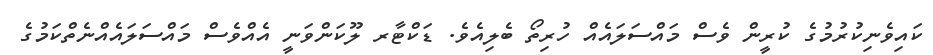
ކައިވެނިކުރުމުގެ ކުރީން ވެސް މައްސަލައެއް ހުރިތޯ ބެލިއެވެ. ޑަކްޓާރ ލޫކަންވަނީ އެއްވެސް މައްސަލައެއްނެތްކަމުގެ